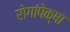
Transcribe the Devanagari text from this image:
रोगांपेक्षा